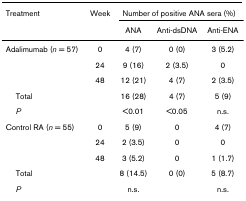
<table><thead><tr><td><b>Treatment</b></td><td><b>Week</b></td><td colspan="3"><b>Number of positive ANA sera (%)</b></td></tr><tr><td></td><td></td><td><b>ANA</b></td><td><b>Anti-dsDNA</b></td><td><b>Anti-ENA</b></td></tr></thead><tbody><tr><td>Adalimumab (<i>n </i>= 57)</td><td>0</td><td>4 (7)</td><td>0 (0)</td><td>3 (5.2)</td></tr><tr><td></td><td>24</td><td>9 (16)</td><td>2 (3.5)</td><td>0</td></tr><tr><td></td><td>48</td><td>12 (21)</td><td>4 (7)</td><td>2 (3.5)</td></tr><tr><td> Total</td><td></td><td>16 (28)</td><td>4 (7)</td><td>5 (9)</td></tr><tr><td> <i>P</i></td><td></td><td>&lt;0.01</td><td>&lt;0.05</td><td>n.s.</td></tr><tr><td>Control RA (<i>n </i>= 55)</td><td>0</td><td>5 (9)</td><td>0</td><td>4 (7)</td></tr><tr><td></td><td>24</td><td>2 (3.5)</td><td>0</td><td>0</td></tr><tr><td></td><td>48</td><td>3 (5.2)</td><td>0</td><td>1 (1.7)</td></tr><tr><td> Total</td><td></td><td>8 (14.5)</td><td>0 (0)</td><td>5 (8.7)</td></tr><tr><td> <i>P</i></td><td></td><td>n.s.</td><td></td><td>n.s.</td></tr></tbody></table>